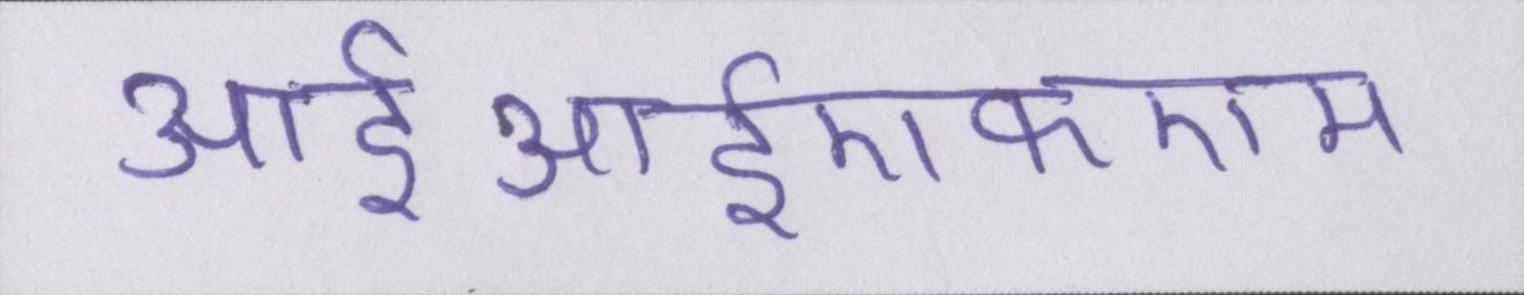
आईआईएफएम